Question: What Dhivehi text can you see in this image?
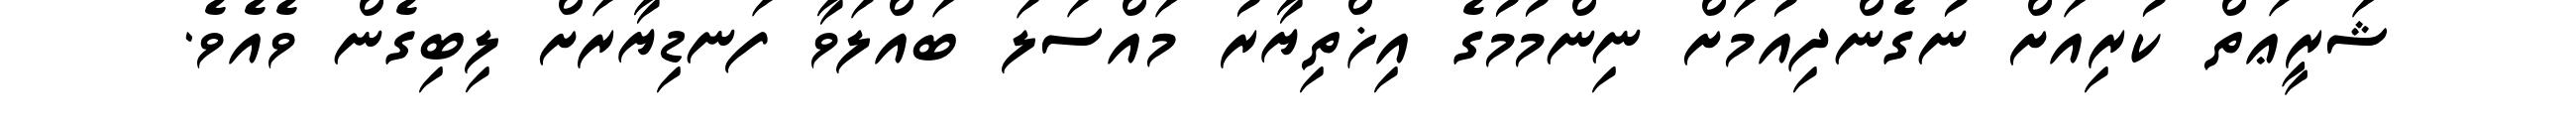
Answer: ޝަރީޢަތް ކުރިއަށް ނުގެންދިއުމަށް ނިންމުމުގެ އިޚްތިޔާރު މައްސަލަ ބައްލަވާ ފަނޑިޔާރަށް ލިބިގެން ވެއެވެ.